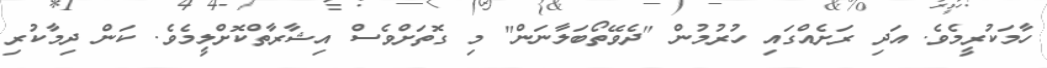
ހާމަކުރީމެވެ. އަދި ރަށެއްގައި ހުރުމުން "ދެވޭތޯބަލާނަން" މި ގޮތަށްވެސް އިޝާރާތްކޮށްލީމެވެ. ކަން ދިމާކުރި